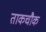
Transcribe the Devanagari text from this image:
ताकचौक